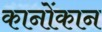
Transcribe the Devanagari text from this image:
कानोंकान